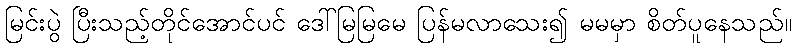
မြင်းပွဲ ပြီးသည့်တိုင်အောင်ပင် ဒေါ်မြမြမေ ပြန်မလာသေး၍ မမမှာ စိတ်ပူနေသည်။